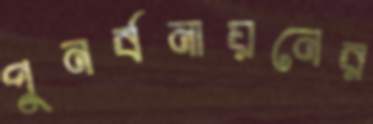
পুনর্বনায়নের